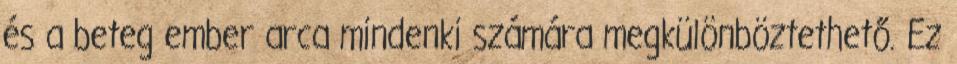
és a beteg ember arca mindenki számára megkülönböztethető. Ez